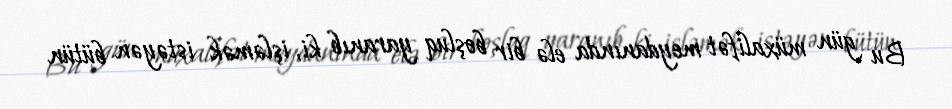
Bu gün müxalifət meydanında elə bir boşluq yaranıb ki, işləmək istəyən bütün